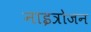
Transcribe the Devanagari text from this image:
नाइत्रोजन